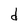
Character: d